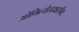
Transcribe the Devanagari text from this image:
ओमित्येतदक्षरमिद